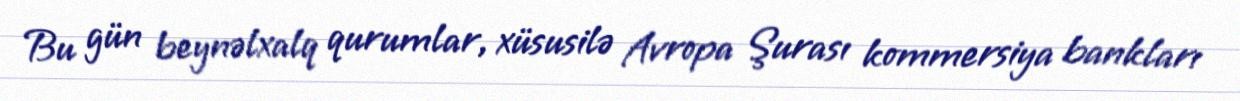
Bu gün beynəlxalq qurumlar, xüsusilə Avropa Şurası kommersiya bankları